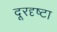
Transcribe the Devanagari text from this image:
दूरदृष्टा